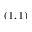
( 1 , 1 )